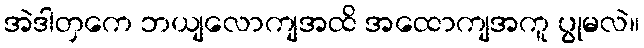
အဲဒါတှကေ ဘယျလောကျအထိ အထောကျအကူ ပွုမလဲ။